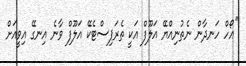
''އޯހް ހަނދާން ނެތުނިއްޔޭ އަލޫފް އަކީ ތެރަޕިސްޓެކޭ އަލޫފް ވާނެ އިނގޭ އިވީއަށް